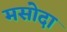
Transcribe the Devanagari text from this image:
मसोदा